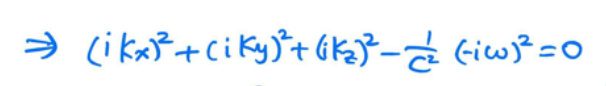
\(\Rightarrow (ik_x)^2+(ik_y)^2+(ik_z)^2-\frac{1}{c^2}(-i\omega)^2 = 0\)